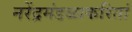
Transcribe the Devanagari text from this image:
नरेंद्रमंडळाकरितां